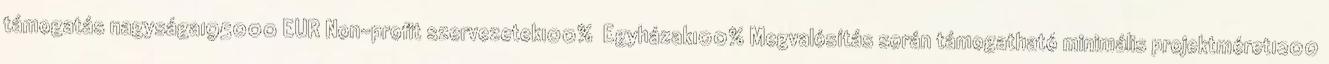
támogatás nagysága195000 EUR▪Non-profit szervezetek100% ▪Egyházak100%▪Megvalósítás során támogatható minimális projektméret1200